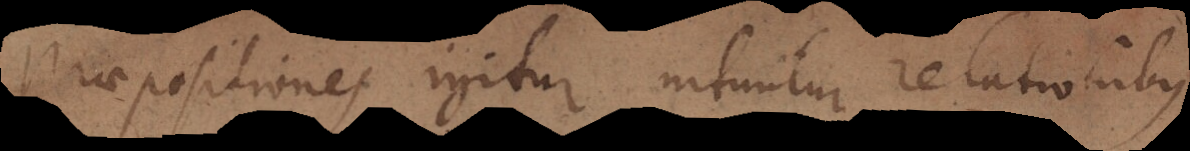
Praepositiones igitur nituntur relationibus